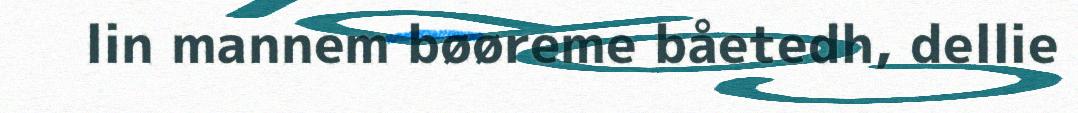
lin mannem bøøreme båetedh, dellie